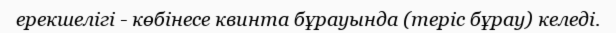
ерекшелігі - көбінесе квинта бұрауында (теріс бұрау) келеді.